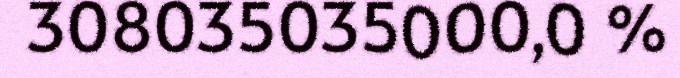
308035035000,0 %